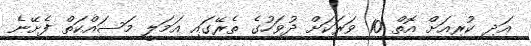
އަދި ކުރިއަށް އޮތް 10 ވަރަކަށް ދުވަހުގެ ތެރޭގައި އަމަލީ މަސައްކަތް ފެށޭނެ